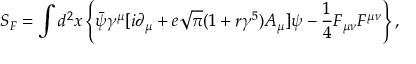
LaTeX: S _ { F } = \int d ^ { 2 } x \left\{ \bar { \psi } { \gamma } ^ { \mu } [ i { \partial } _ { \mu } + e \sqrt { \pi } ( 1 + r { \gamma } ^ { 5 } ) A _ { \mu } ] { \psi } - { \frac 1 4 } F _ { { \mu } { \nu } } F ^ { { \mu } { \nu } } \right\} ,